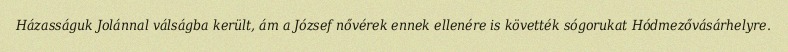
Házasságuk Jolánnal válságba került, ám a József nővérek ennek ellenére is követték sógorukat Hódmezővásárhelyre.